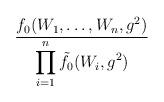
LaTeX: \begin{align*}\frac{f_0(W_1,\ldots,W_n,g^2)}{\displaystyle\prod_{i=1}^n\tilde{f}_0(W_i,g^2)}\end{align*}